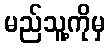
မည်သူ့ကိုမှ